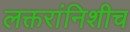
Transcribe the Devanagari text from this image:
लक्तरांनिशीच